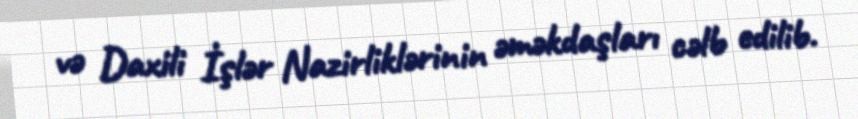
və Daxili İşlər Nazirliklərinin əməkdaşları cəlb edilib.